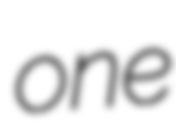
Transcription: one